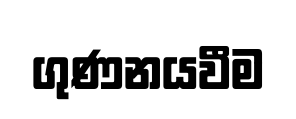
ගුණනයවීම